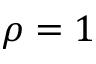
\rho = 1